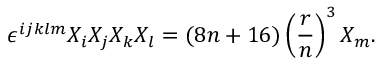
\epsilon ^ { i j k l m } X _ { i } X _ { j } X _ { k } X _ { l } = ( 8 n + 1 6 ) \left( \frac { r } { n } \right) ^ { 3 } X _ { m } .